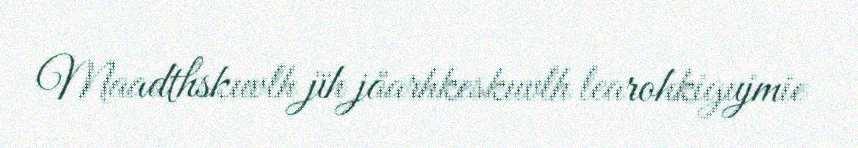
Maadthskuvlh jïh jåarhkeskuvlh learohkigujmie